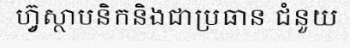
ហ្វ៊ូស្ថាបនិកនិងជាប្រធាន ជំនួយ